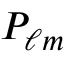
P _ { \ell m }